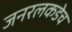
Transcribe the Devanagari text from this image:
जनरलकडेच